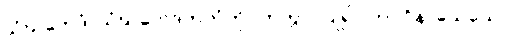
သံဃဘေဒံ၊ သံဃဘေဒကကံကို။ ကတွာ၊ ပြု၍။ ကပ္ပဝိနာသေယေဝ၊